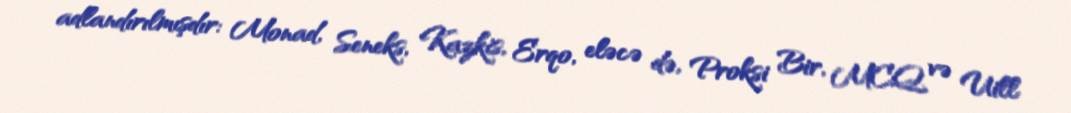
adlandırılmışdır: Monad, Seneks, Kazkis, Erqo, eləcə də, Proksi Bir, MCQ və Uill